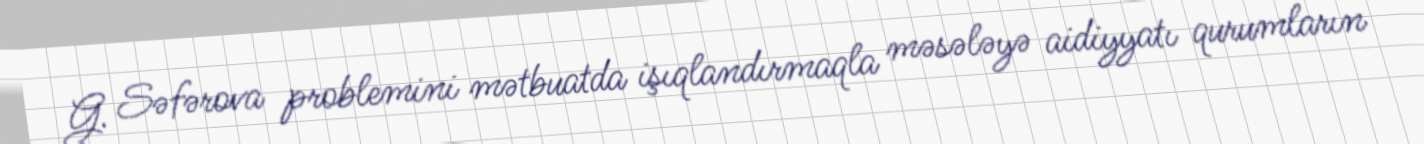
G. Səfərova problemini mətbuatda işıqlandırmaqla məsələyə aidiyyatı qurumların